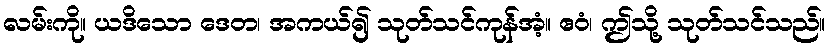
လမ်းကို။ ယဒိသော ဒေတ၊ အကယ်၍ သုတ်သင်ကုန်အံ့။ ဧဝံ၊ ဤသို့ သုတ်သင်သည်။